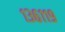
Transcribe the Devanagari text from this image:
१३६११९